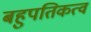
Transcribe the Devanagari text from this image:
बहुपतिकत्व